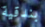
بندقية